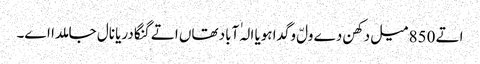
اتے 850 میل دکھن دے ولّ وگدا ہویا الہٰ آباد تھاں اتے گنگا دریا نال جا ملدا اے۔